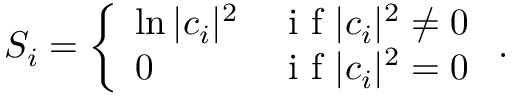
S _ { i } = \left\{ \begin{array} { l r } { \ln | c _ { i } | ^ { 2 } } & { \mathrm { ~ i ~ f ~ } | c _ { i } | ^ { 2 } \neq 0 } \\ { 0 } & { \mathrm { ~ i ~ f ~ } | c _ { i } | ^ { 2 } = 0 } \end{array} \right. .